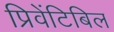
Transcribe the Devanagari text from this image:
प्रिवेंटिबिल